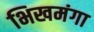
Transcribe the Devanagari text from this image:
भिखमंगा